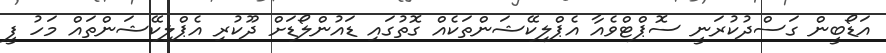
އަޑޯބީން ގަސްދުކުރަނީ ސޮޕްޓްވެއާ އެޕްލިކޭޝަންތަކެއް ގޮތުގައި ޑައުންލޯޑަށް ދޫކުރި އެޕްލިކޭޝަންތައް މަހު ފީ